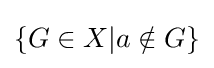
\lbrace G\in X|a\notin G\rbrace